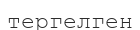
тергелген